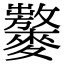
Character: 𪍾